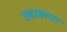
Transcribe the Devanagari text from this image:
उदाहरण